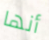
أنها